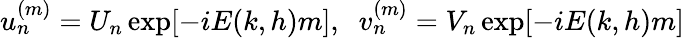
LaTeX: u_{n}^{(m)}=U_{n}\exp[-iE(k,h)m],\; \; v_{n}^{(m)}=V_{n}\exp[-iE(k,h)m]